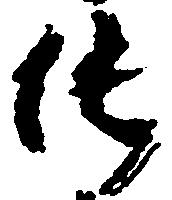
純